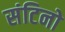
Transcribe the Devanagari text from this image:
संटिनो